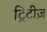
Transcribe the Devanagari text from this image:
ट्रिटीज़